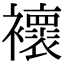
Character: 𧞷